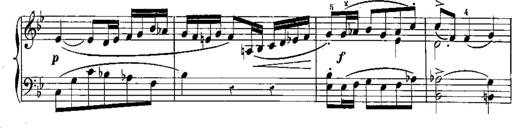
Title: 6 Sonatines
Composer: Albert Lavignac
Key: C major
 G major
 D major
 A minor
 F major
 B-flat major